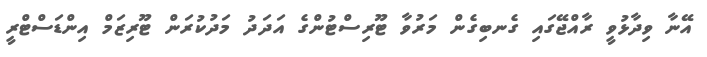
އޭނާ ވިދާޅުވީ ރާއްޖޭގައި ގެނބިގެން މަރުވާ ޓޫރިސްޓުންގެ އަދަދު މަދުކުރަން ޓޫރިޒަމް އިންޑަސްޓްރީ